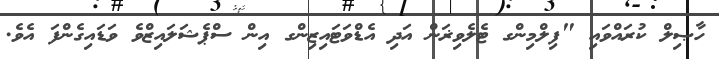
ހާޞިލް ކުރައްވައި "ފިލްމިންގ ޓެލެވިޜަން އަދި އެޑްވަޓައިޒިންގ އިން ސްޕެޝަލައިޒްވެ ވަޑައިގެންފަ އެވެ.